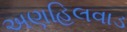
અણહિલવાડ